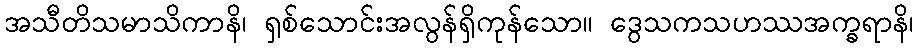
အသီတိသမာသိကာနိ၊ ရှစ်သောင်းအလွန်ရှိကုန်သော။ ဒွေသကသဟဿအက္ခရာနိ၊